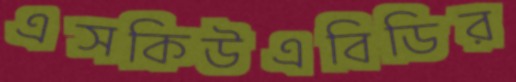
এসকিউএবিডির